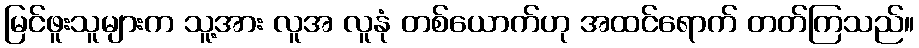
မြင်ဖူးသူများက သူ့အား လူအ လူနုံ တစ်ယောက်ဟု အထင်ရောက် တတ်ကြသည်။